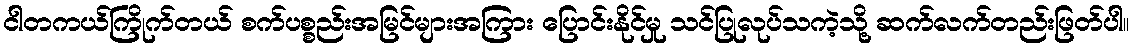
ငါတကယ်ကြိုက်တယ် စက်ပစ္စည်းအမြင်များအကြား ပြောင်းနိုင်မှု သင်ပြုလုပ်သကဲ့သို့ ဆက်လက်တည်းဖြတ်ပါ။